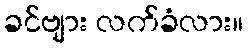
ခင်ဗျား လက်ခံလား။